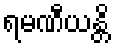
ရမဏီယန္တိ